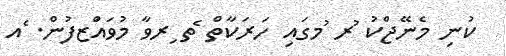
ކުނި މެނޭޖްކު ުރ ުމގައި ހަރަކާތް ެތ ިރވާ މުވައްަޒފުން. ެއ